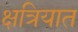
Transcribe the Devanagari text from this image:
क्षत्रियात